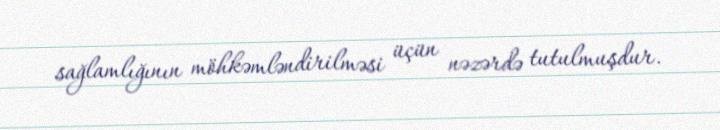
sağlamlığının möhkəmləndirilməsi üçün nəzərdə tutulmuşdur.